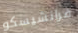
فرانشيسكو